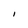
Character: n